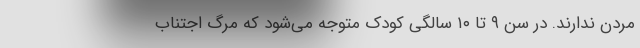
مردن ندارند. در سن ۹ تا ۱۰ سالگی کودک متوجه می‌شود که مرگ اجتناب‌